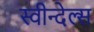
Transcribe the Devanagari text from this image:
स्वीन्देल्स